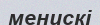
менискі